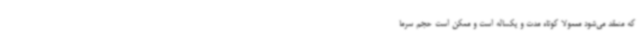
که منعقد می‌شود معمولا کوتاه مدت و یکساله است و ممکن است حجم سرما